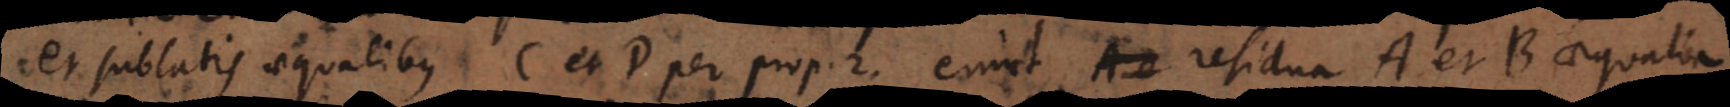
et sublatis aequalibus C et D per prop. 2, erunt residua A et B aequalia